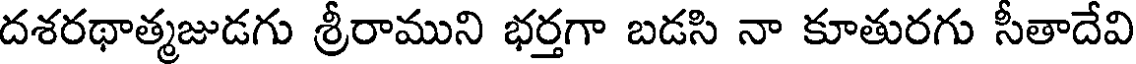
దశరథాత్మజుడగు శ్రీరాముని భర్తగా బడసి నా కూతురగు సీతాదేవి